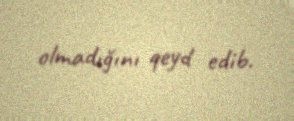
olmadığını qeyd edib.